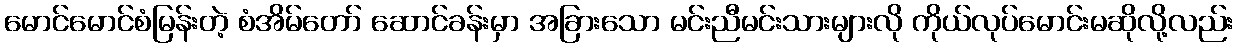
မောင်မောင်စံမြန်းတဲ့ စံအိမ်တော် ဆောင်ခန်းမှာ အခြားသော မင်းညီမင်းသားများလို ကိုယ်လုပ်မောင်းမဆိုလို့လည်း